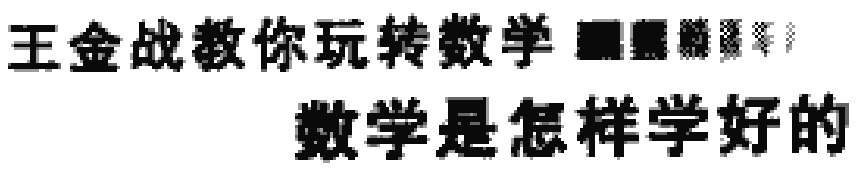
王金战教你玩转数学  数学是怎样学好的